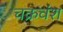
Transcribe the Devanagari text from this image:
चक्रवंश